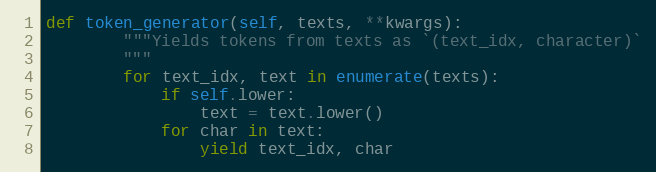
Language: Python
def token_generator(self, texts, **kwargs):
        """Yields tokens from texts as `(text_idx, character)`
        """
        for text_idx, text in enumerate(texts):
            if self.lower:
                text = text.lower()
            for char in text:
                yield text_idx, char